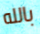
بالله